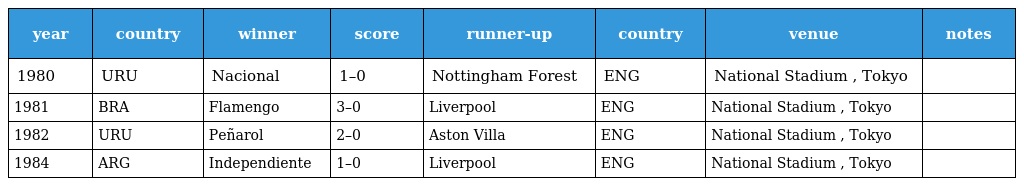
| year | country | winner | score | runner-up | country | venue | notes |
 | --- | --- | --- | --- | --- | --- | --- | --- |
 | 1980 | URU | Nacional | 1–0 | Nottingham Forest | ENG | National Stadium , Tokyo |  |
 | 1981 | BRA | Flamengo | 3–0 | Liverpool | ENG | National Stadium , Tokyo |  |
 | 1982 | URU | Peñarol | 2–0 | Aston Villa | ENG | National Stadium , Tokyo |  |
 | 1984 | ARG | Independiente | 1–0 | Liverpool | ENG | National Stadium , Tokyo |  |